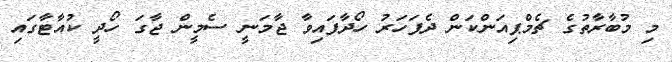
މި މުބާރާތުގެ ޗެމްޕިއަންކަން ދެފަހަރު ހޯދާފައިވާ ޖާމަނީ ސެމީން ޖާގަ ހޯދީ ކުއާޓާގައި